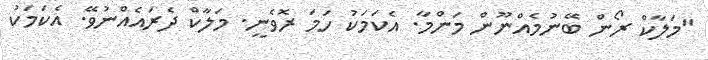
"މަލާކް ރޯން ބޭނުމެއްނޫން މަންމާ. އެކަމަކު ހަމަ ރޮވެނީ. މަލާކް ދެރައެއްނުވޭ. އެކަމަކު